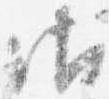
御